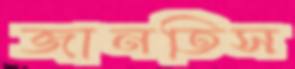
জানতিস